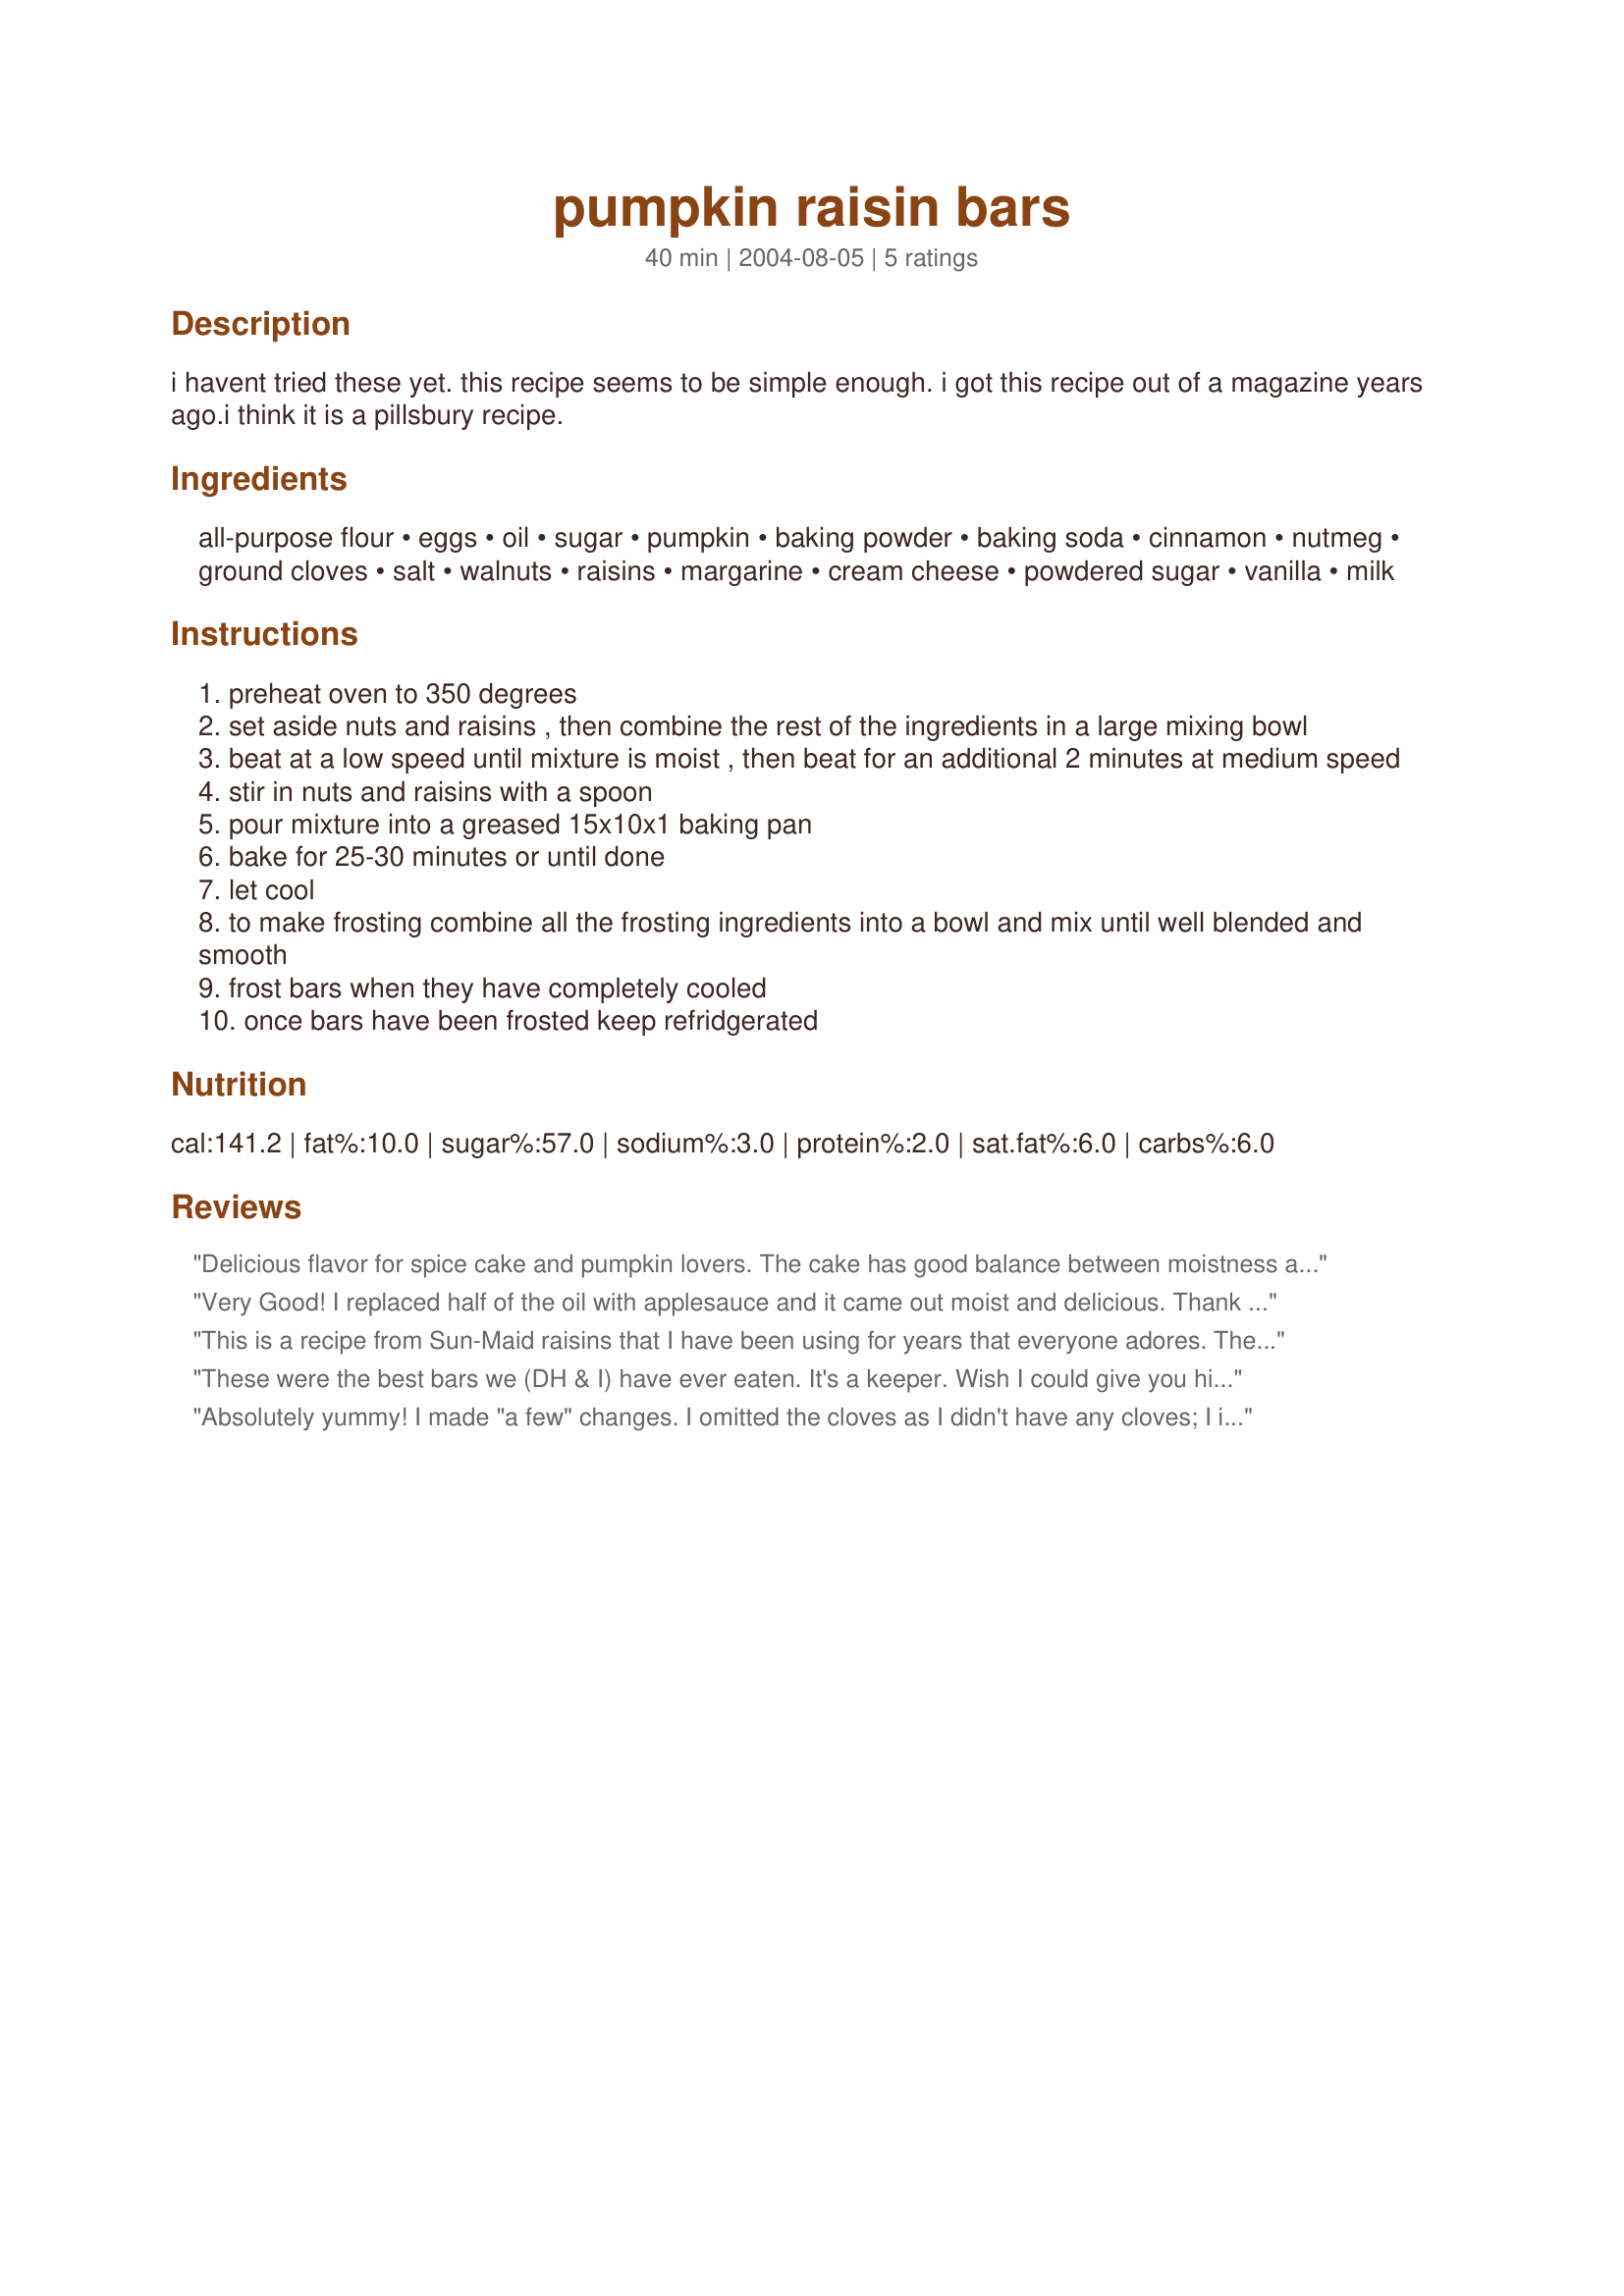
pumpkin raisin bars
Preparation time: 40 minutes

i havent tried these yet. this recipe seems to be simple enough. i got this recipe out of a magazine years ago.i think it is a pillsbury recipe.

Ingredients:
all-purpose flour, eggs, oil, sugar, pumpkin, baking powder, baking soda, cinnamon, nutmeg, ground cloves, salt, walnuts, raisins, margarine, cream cheese, powdered sugar, vanilla, milk

Steps:
preheat oven to 350 degrees
set aside nuts and raisins , then combine the rest of the ingredients in a large mixing bowl
beat at a low speed until mixture is moist , then beat for an additional 2 minutes at medium speed
stir in nuts and raisins with a spoon
pour mixture into a greased 15x10x1 baking pan
bake for 25-30 minutes or until done
let cool
to make frosting combine all the frosting ingredients into a bowl and mix until well blended and smooth
frost bars when they have completely cooled
once bars have been frosted keep refridgerated

Reviews:
Delicious flavor for spice cake and pumpkin lovers. The cake has good balance between moistness and light texture.
Very Good! I replaced half of the oil with applesauce and it came out moist and delicious. Thank you for posting such a versatile and easy recipe.
This is a recipe from Sun-Maid raisins that I have been using for years that everyone adores. The one change I made was to decrease the sugar in the batter to 1 3/4 cup and I find that it is still very sweet this way but not cloyingly so after the frosting is put on. On ocassion I have also served this to those who won't eat dairy by using a soy cream cheese and it tastes just like the real thing!
These were the best bars we (DH & I) have ever eaten. It's a keeper. Wish I could give you higher than a 5. followed it to a T. Thanks for the perfect pumpkin raisin bar.
Absolutely yummy! I made "a few" changes. I omitted the cloves as I didn't have any cloves; I increased the cinnamon to 1 1/2 tsp. to make up for it. I omitted the nuts and doubled the raisins. I also don't have a 15 x 10 pan, so I baked the bars in a 9 x 13 pan and increased the cooking time to 45 min. I don't like cream cheese icing, so I made a glaze of icing sugar, vanilla, a bit of lemon extract and milk, and spread it over the bars while still hot. Even with all these changes, the bars were moist, spicy and wonderful. Thumbs up for a great, flexible and fabulous recipe!
